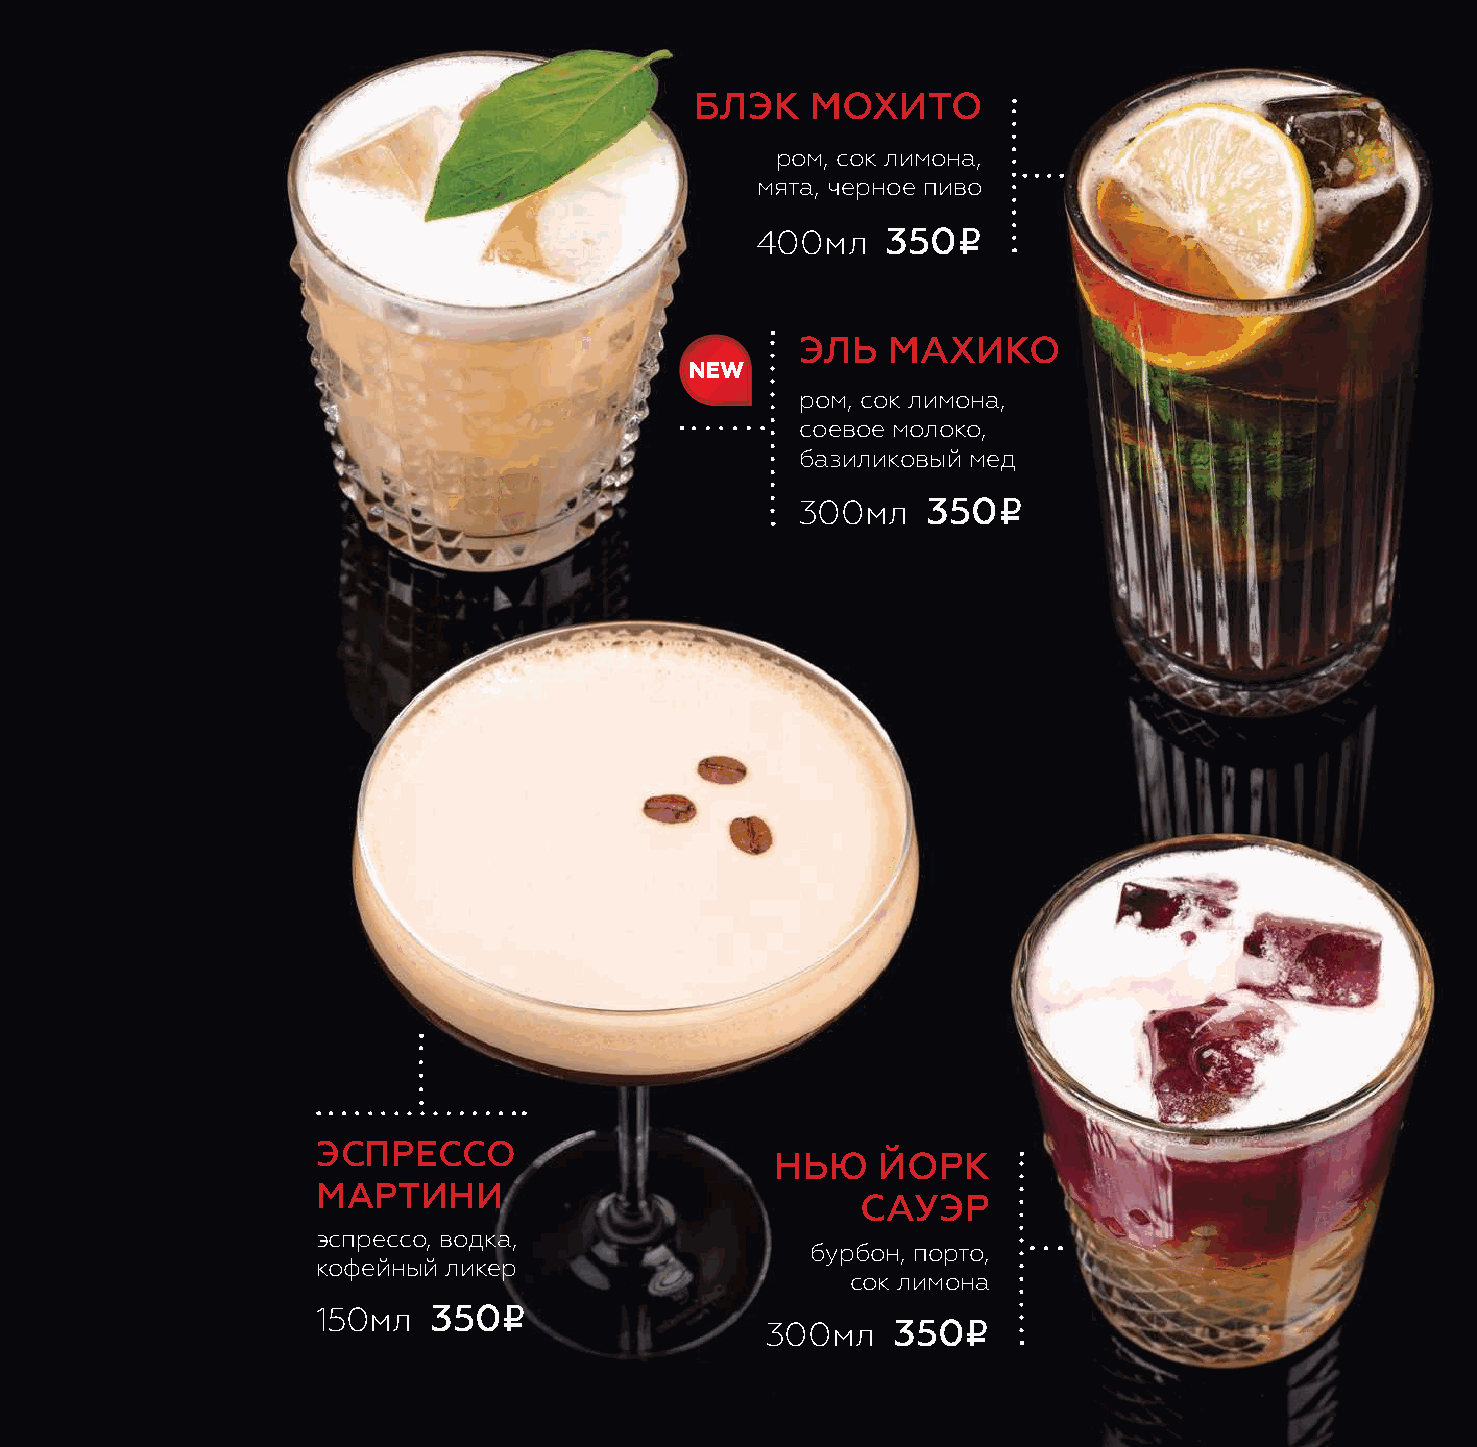
блэк    мохито
 ром, сок лимона,
 мята, черное пиво
 i
 400мл    350
 эль   махико
 new
 ром, сок лимона,
 соевое молоко,
 базиликовый мед
 i
 300мл   350
 эспрессо
 нью    йорк
 мартини
 сауэр
 эспрессо, водка,
 бурбон, порто,
 кофейный ликер
 сок лимона
 i
 150мл   350                                i
 300мл   350